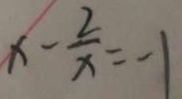
x - \frac { 2 } { x } = - 1